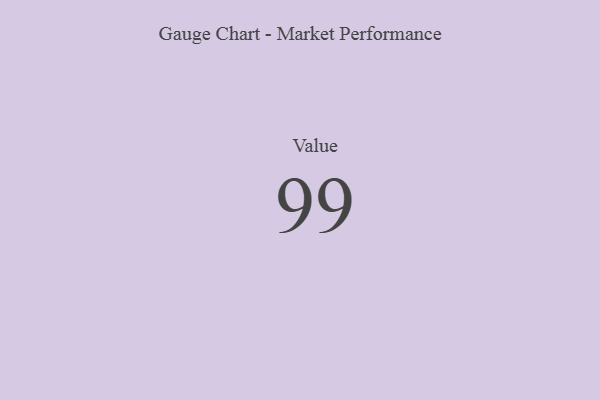
{"axis": {"x": "Metric", "y": "Value"}, "legend": [""], "data": [{"x": "Value", "y": 99, "type": ""}]}